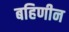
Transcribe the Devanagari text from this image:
बहिणीन